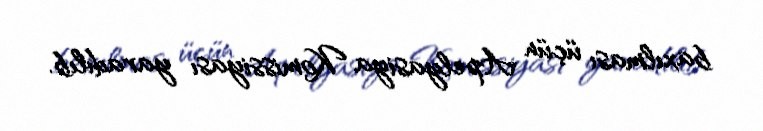
baxılması üçün Apelyasiya Komissiyası yaradılıb.